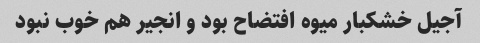
آجیل خشکبار میوه افتضاح بود و انجیر هم خوب نبود